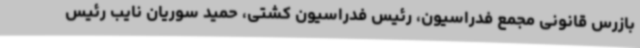
بازرس قانونی مجمع فدراسیون، رئیس فدراسیون کشتی، حمید سوریان نایب رئیس